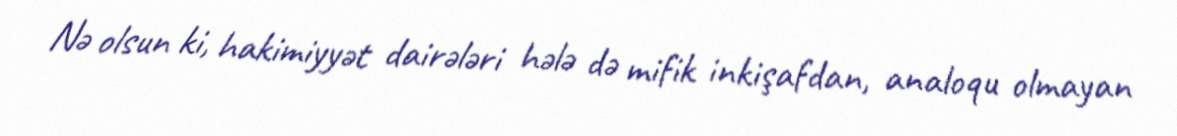
Nə olsun ki, hakimiyyət dairələri hələ də mifik inkişafdan, analoqu olmayan